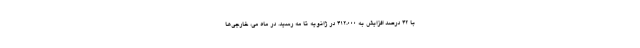
با ۴۲ درصد افزایش به ۴۱۲،۰۰۰ در ژانویه تا مه رسید. در ماه می، خارجی‌ها